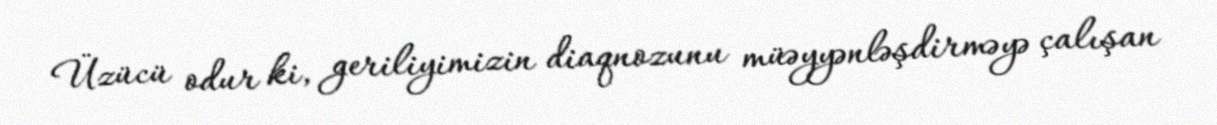
Üzücü odur ki, geriliyimizin diaqnozunu müəyyənləşdirməyə çalışan